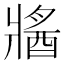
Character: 𤖕